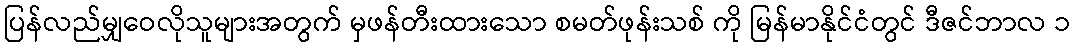
ပြန်လည်မျှဝေလိုသူများအတွက် မှဖန်တီးထားသော စမတ်ဖုန်းသစ် ကို မြန်မာနိုင်ငံတွင် ဒီဇင်ဘာလ ၁